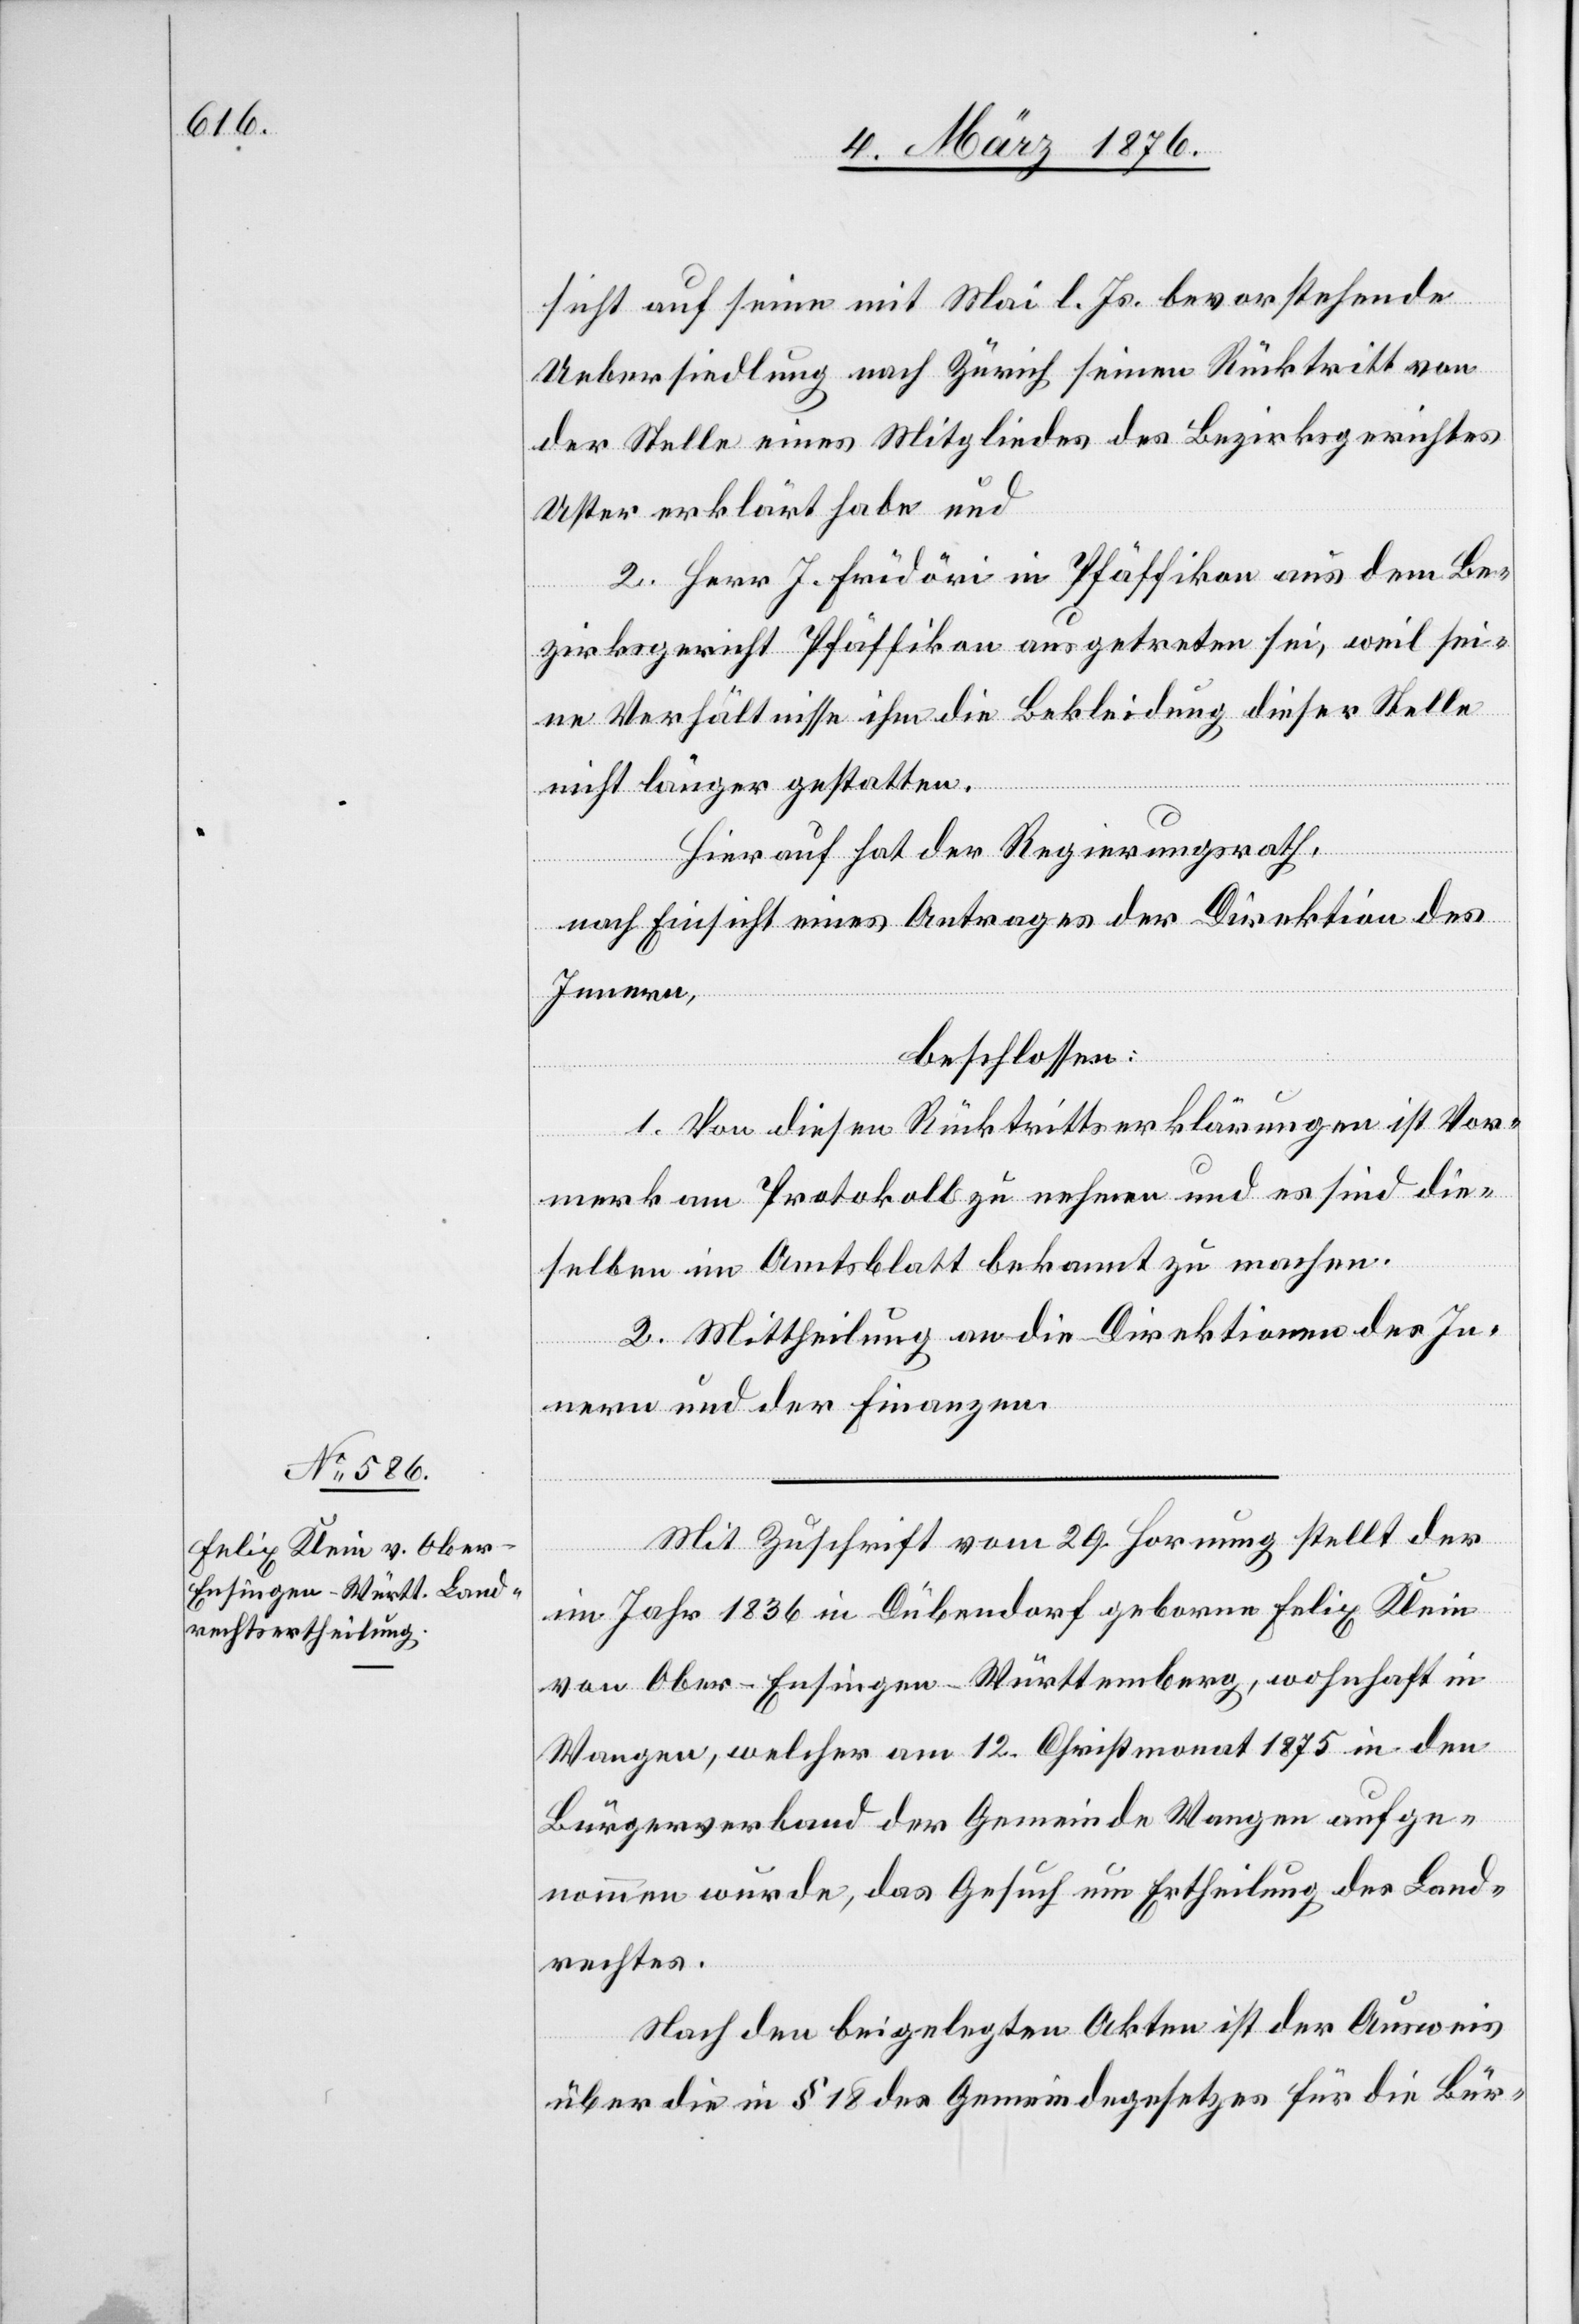
sicht auf seine mit Mai l. Js. bevorstehende
Uebersiedlung nach Zürich seinen Rücktritt von
der Stelle eines Mitgliedes des Bezirksgerichtes
Uster erklärt habe und
2. Herr J. Friedöri in Pfäffikon aus dem Be¬
zirksgericht Pfäffikon ausgetreten sei, weil sei¬
ne Verhältnisse ihm die Bekleidung dieser Stelle
nicht länger gestatten.
Hierauf hat der Regierungsrath,
nach Einsicht eines Antrages der Direktion des
Innern,
beschlossen:
1. Von diesen Rücktrittserklärungen ist Vor¬
merk am Protokoll zu nehmen und es sind die¬
selben im Amtsblatt bekannt zu machen.
2. Mittheilung an die Direktionen des In¬
nern und der Finanzen.
Mit Zuschrift vom 29. Hornung stellt der
im Jahr 1836 in Dübendorf geborene Felix Klein
von Ober-Ensingen - Württemberg, wohnhaft in
Wangen, welcher am 12. Christmonat 1875 in den
Bürgerverband der Gemeinde Wangen aufge¬
nommen wurde, das Gesuch um Ertheilung des Land¬
rechtes.
Nach den beigelegten Akten ist der Ausweis
über die in § 18 des Gemeindegesetzes für die Bür-